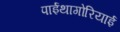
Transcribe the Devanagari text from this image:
पाईथागोरियाई